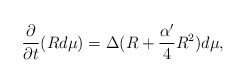
\begin{align*}\frac{\partial}{\partial t}(Rd\mu)=\Delta (R+\frac{\alpha'}{4}R^2)d\mu,\end{align*}